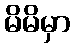
မိမိမှာ